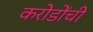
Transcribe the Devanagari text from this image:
करोडोंची